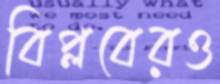
বিপ্লবেরও